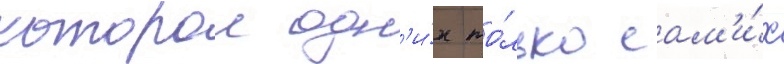
которои одн'и́х то́лько сам'и́х